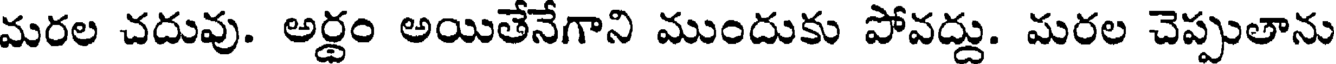
మరల చదువు. అర్థం అయితేనేగాని ముందుకు పోవద్దు. మరల చెప్పుతాను